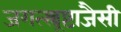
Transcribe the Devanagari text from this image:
जगत्स्त्र्रष्टाजैसी